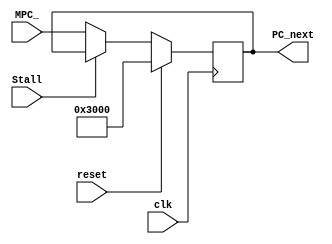
`timescale 1ns / 1ps
//////////////////////////////////////////////////////////////////////////////////
// Company: 
// Engineer: 
// 
// Design Name: 
// Module Name:    PC 
// Project Name: 
// Target Devices: 
// Tool versions: 
// Description: 
//
// Dependencies: 
//
// Revision: 
// Revision 0.01 - File Created
// Additional Comments: 
//
//////////////////////////////////////////////////////////////////////////////////
module PC(
    input clk,
	 input reset,
    input [31:0] MPC_,
	 input Stall,
	 output reg[31:0] PC_next
    );
	 wire PC_en;
	 assign PC_en = !Stall;
	 initial begin
	   PC_next <= 32'h0000_3000;
	 end
    always @(posedge clk) begin
	   if(reset) begin
		  PC_next <= 32'h0000_3000;
		end
		else if(PC_en) begin
		  PC_next <= MPC_;
		end//PC_en=1reset=0
	 end//end always

endmodule